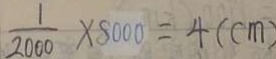
\frac { 1 } { 2 0 0 0 } \times 8 0 0 0 = 4 ( c m )